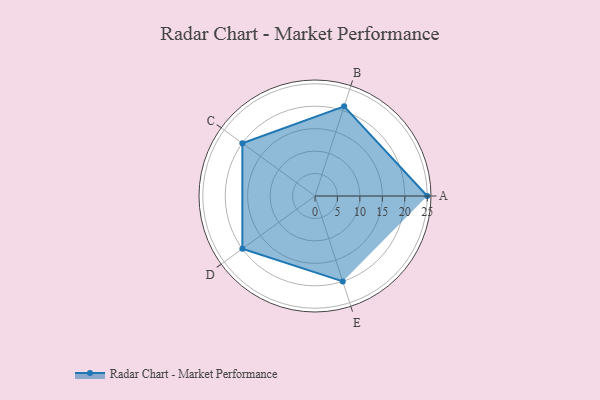
{"axis": {"x": "Skill", "y": "Score"}, "legend": ["Profile"], "data": [{"x": "A", "y": 25.0, "type": "Profile"}, {"x": "B", "y": 21.0, "type": "Profile"}, {"x": "C", "y": 20, "type": "Profile"}, {"x": "D", "y": 20, "type": "Profile"}, {"x": "E", "y": 20, "type": "Profile"}]}